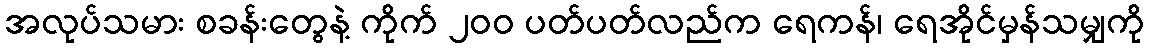
အလုပ်သမား စခန်းတွေနဲ့ ကိုက် ၂၀၀ ပတ်ပတ်လည်က ရေကန်၊ ရေအိုင်မှန်သမျှကို